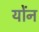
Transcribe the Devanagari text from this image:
योंन